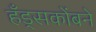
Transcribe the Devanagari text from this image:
हँड्सकोंबने